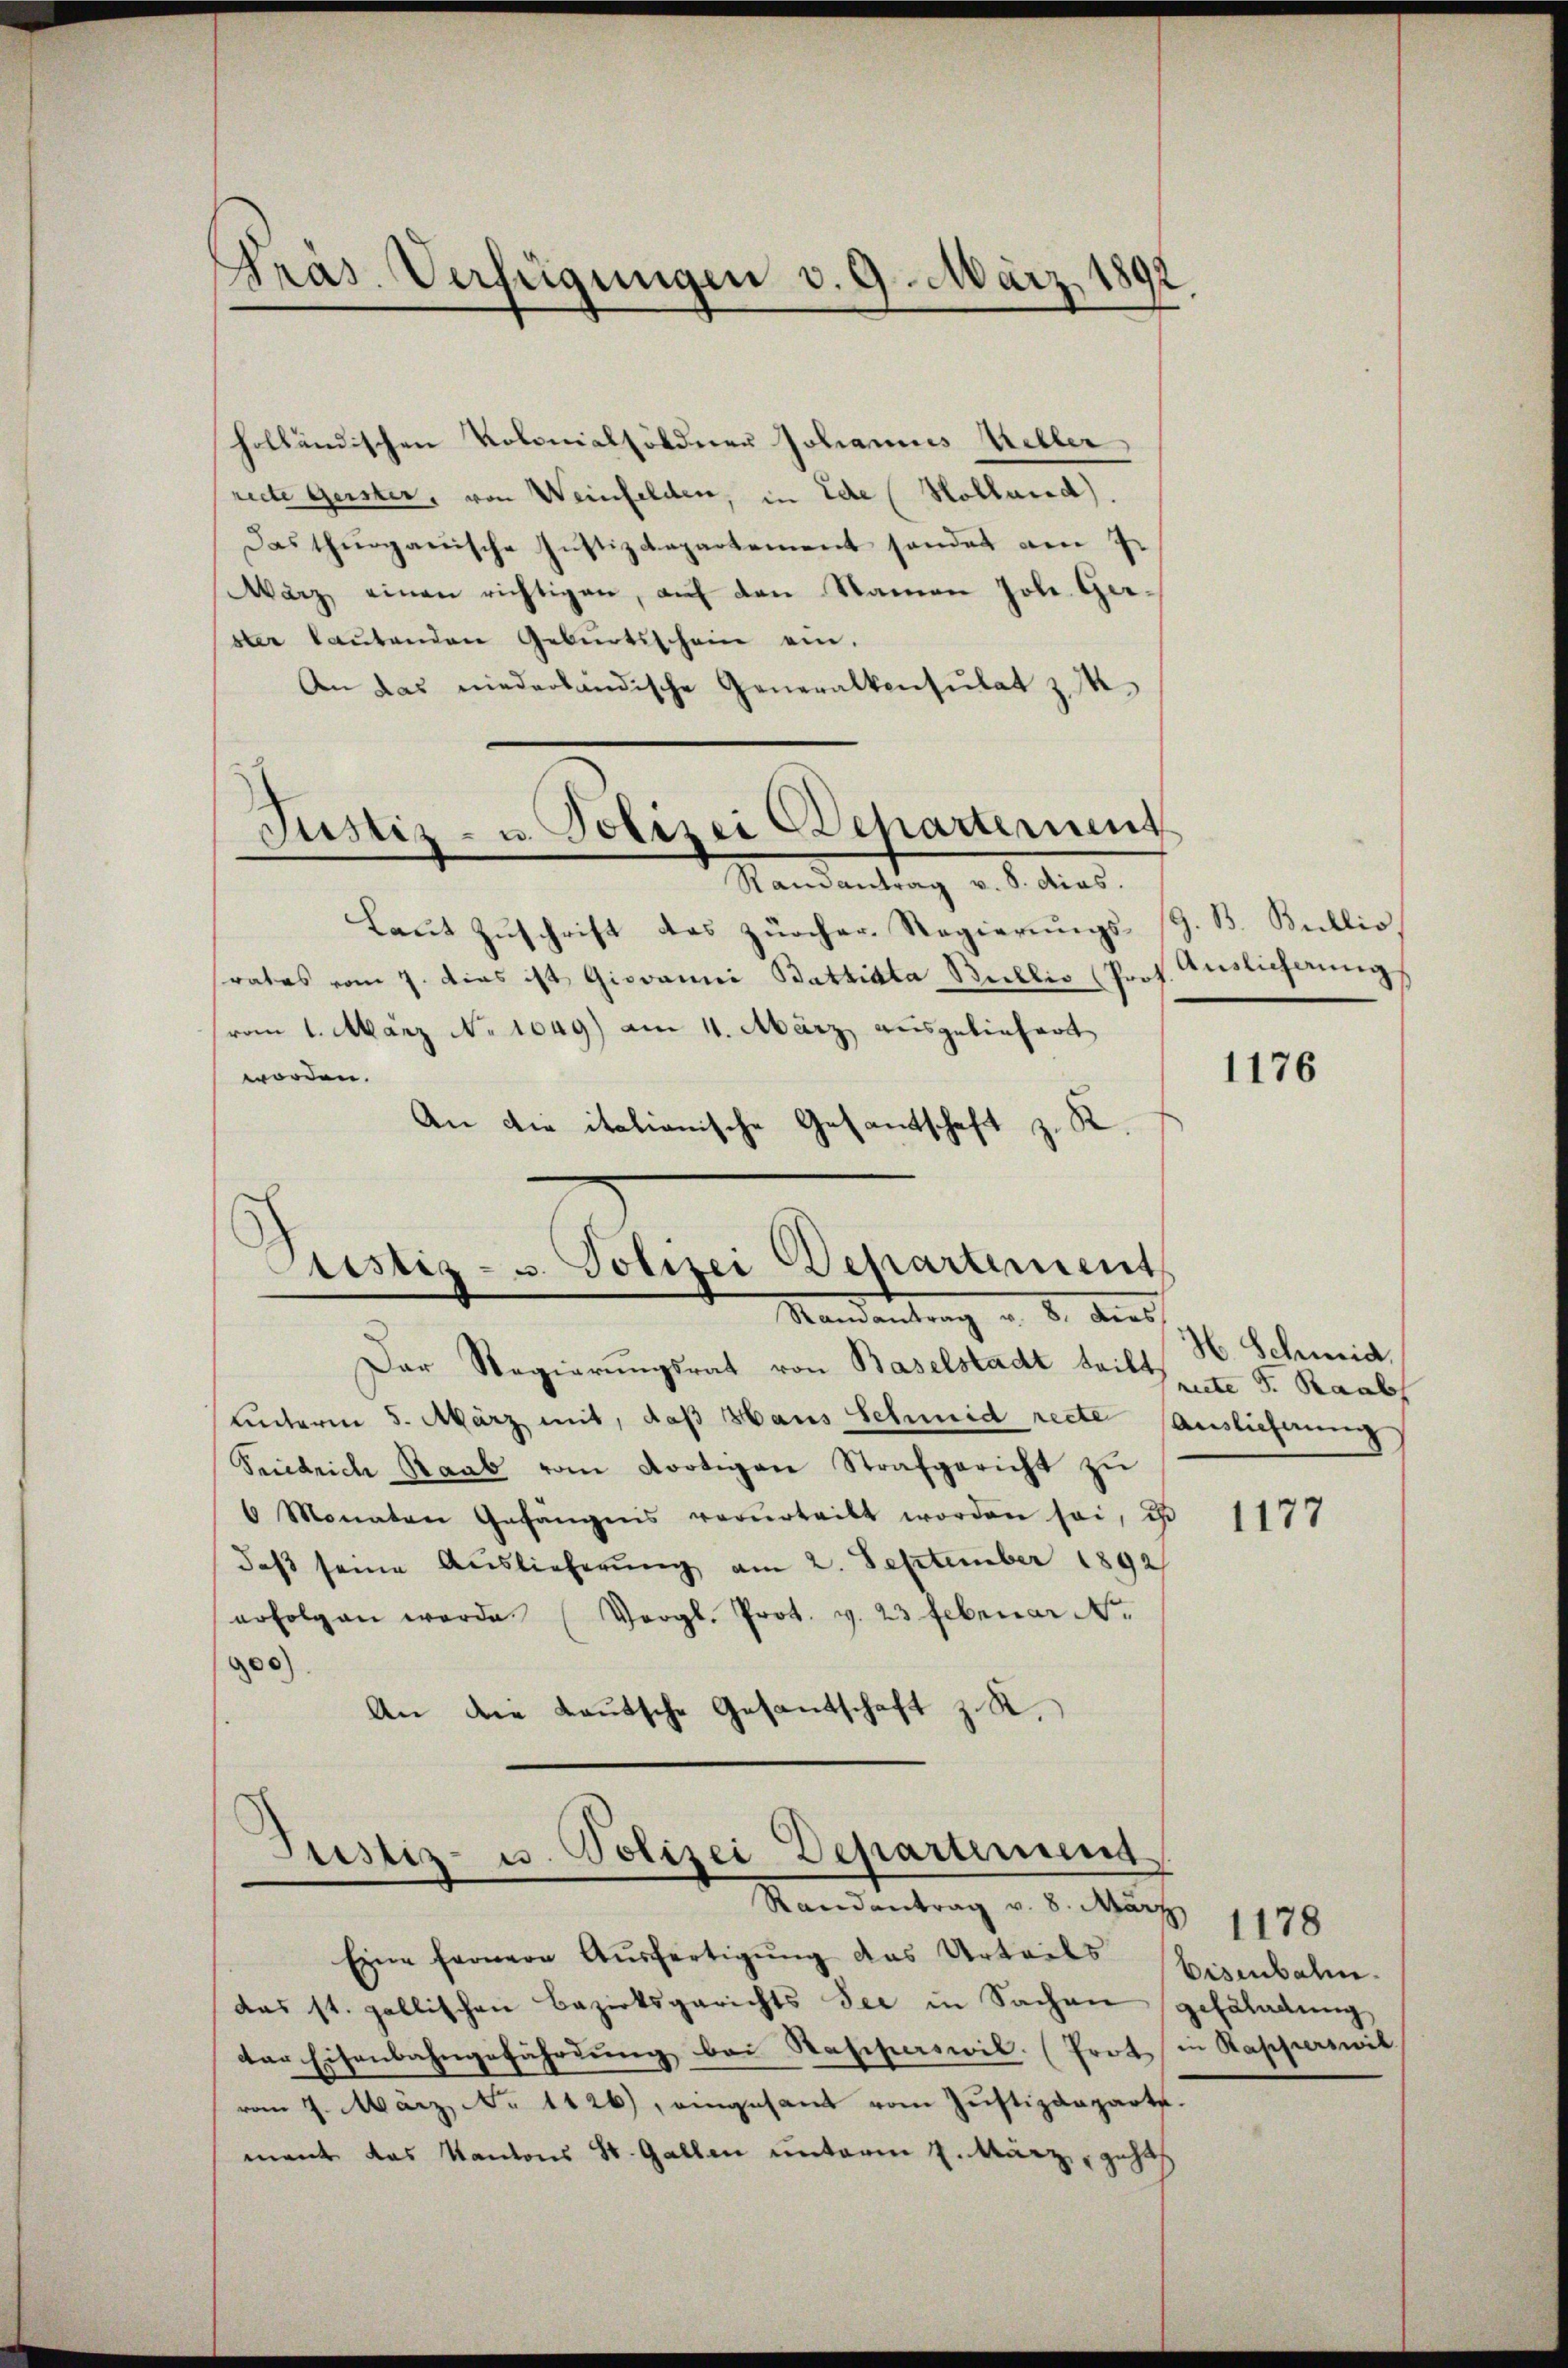
Präs. Verfügungen v. 9. März 1892

Justiz- u. Polizei Departernent

holländischen Polonialsöldner Johannes Keller
recte Geister, von Weinfelden, in Ede Holland).
Das thurgauische Justizdepartement sendet am 7.
Warz einen richtigen, auf den Namen Joh. Gerster laŭtenden Geburtsschein ein.
An das niederländische Generalkonsulat zu.
Ramantrag v. S. dies.
Laut Zuschrift das zürcher Regierungssrates vom 7. dies ist Giovanni Battiata Bullis (Prof. Auslieferung
vom 1. März No 1049) am 11. März ausgeliefert
worden.
An die italianische Gesantschaft z. R.

Ptistiz- u. Polizei Departement
Mandantung u. d. dies

Der Regierŭngsrat von Baselstadt teilt unter d. Raab
unterm 5. März mit, daß Haus Schmid recte Auslieferung
Friedrich Raab vom dortigen Strafgericht zu
6 Monaten Gefängnis verurteilt worden sei, is
daβ seine Auslieferŭng am 2. September 1892
erfolgen werde. (Vergl. Prot. v. 23 Februar Nr.
00)
An die Lautsche Gesandschaft z. R.

Justiz- u. Polizei Departement
Randantrag v. 8. März 1178

Eine fernere Ausfertigung das Urteils Bisenbahn-
das st. gallischen Bezirksgerichts Sei in Sachen gesaladung
der Eisenbahngefährdung bei Rapperswil. (Prot in Rapperswit
vom 7. März, No 1426), eingesant vom Justizdeparte.
mant das Kantons St. Gallen unterm 2. März, geha

z. B. Bullio

1176

H. Schmid

1177